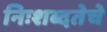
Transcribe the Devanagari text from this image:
निःशब्दतेचे